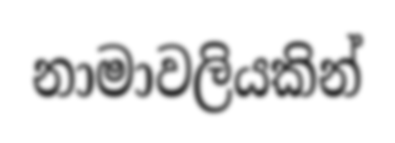
නාමාවලියකින්